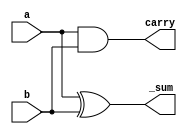
module halfAdder(a,b,_sum,carry);
    input a,b;
    output _sum,carry;
    assign _sum = a^b;
    assign carry = a&b;
endmodule

module or_gate(a,b,y);
    input a,b;
    output y;
    assign y=a|b;
endmodule

module driver;
    reg a,b,c;
    wire _sum1,sumf,carry1,carry2,carryf;
    halfAdder hfa1(a,b,_sum1,carry1);
    halfAdder hfa2(_sum1,c,sumf,carry2);
    or_gate org(carry1,carry2,carryf);
    initial begin
        a=0; b=0; c=0;
        #10
        a=0; b=0; c=1;
        #10
        a=0; b=1; c=0; 
        #10
        a=0; b=1;c=1;
        #10
        a=1; b=0;c=0;
        #10
        a=1; b=0;c=1;
        #10
        a=1; b=1;c=0;
        #10
        a=1; b=1;c=1;
        #10
        $finish;
    end
    initial begin
        $dumpfile("fullusinghalf.vcd");
        $dumpvars(0,driver);
        $display("a\tb\tc\tsum\tcarry");
        $monitor("%d\t%d\t%d\t%d\t%d",a,b,c,sumf,carryf);
    end
endmodule